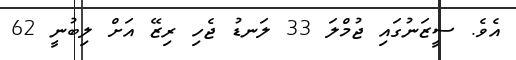
އެވެ. ސީޒަނުގައި ޖުމްލަ 33 ލަނޑު ޖެހި ރިޒޭ އަށް ލިބުނީ 62